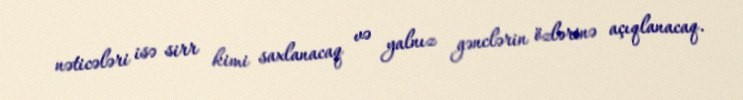
nəticələri isə sirr kimi saxlanacaq və yalnız gənclərin özlərinə açıqlanacaq.